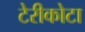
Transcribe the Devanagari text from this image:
टेरीकोटा